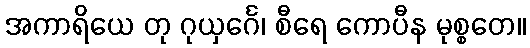
အကာရိယေ တု ဂုယှင်္ဂေ၊ စီရေ ကောပီန မုစ္စတေ။